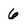
Character: 6